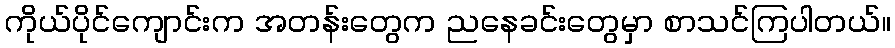
ကိုယ်ပိုင်ကျောင်းက အတန်းတွေက ညနေခင်းတွေမှာ စာသင်ကြပါတယ်။